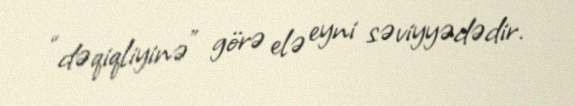
“dəqiqliyinə” görə elə eyni səviyyədədir.